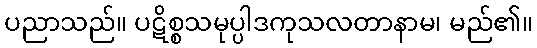
ပညာသည်။ ပဋိစ္စသမုပ္ပါဒကုသလတာနာမ၊ မည်၏။